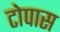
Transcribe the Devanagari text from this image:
टोपास